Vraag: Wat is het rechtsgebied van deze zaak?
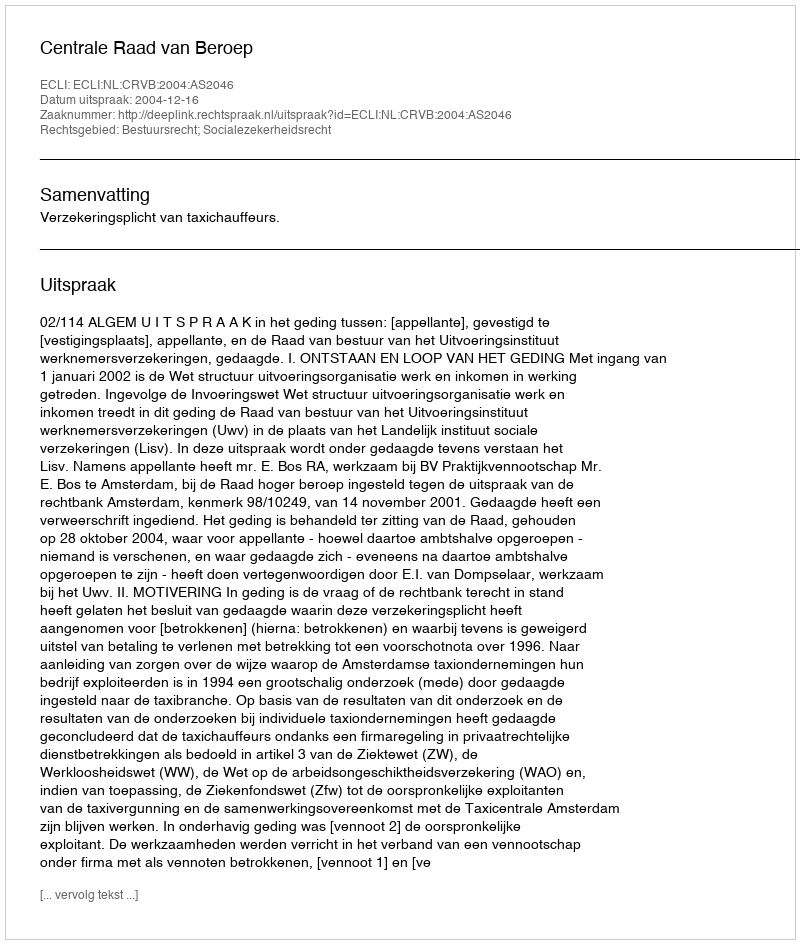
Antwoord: Bestuursrecht; Socialezekerheidsrecht